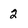
Character: 2